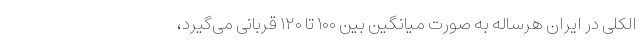
الکلی در ایران هرساله به صورت میانگین بین ۱۰۰ تا ۱۲۰ قربانی می‌گیرد،